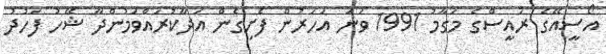
އޯސީއޭގެ ރައީސްގެ މަގާމު 1991 ވަނަ އަހަރުން ފެށިގެން އަދާކުރައްވަމުންދާ ޝޭހު ފަހުދު